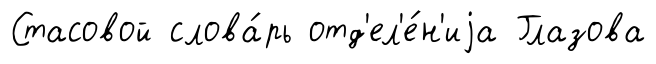
Стасовой слова́рь отд'ел'е́н'иjа Глазова